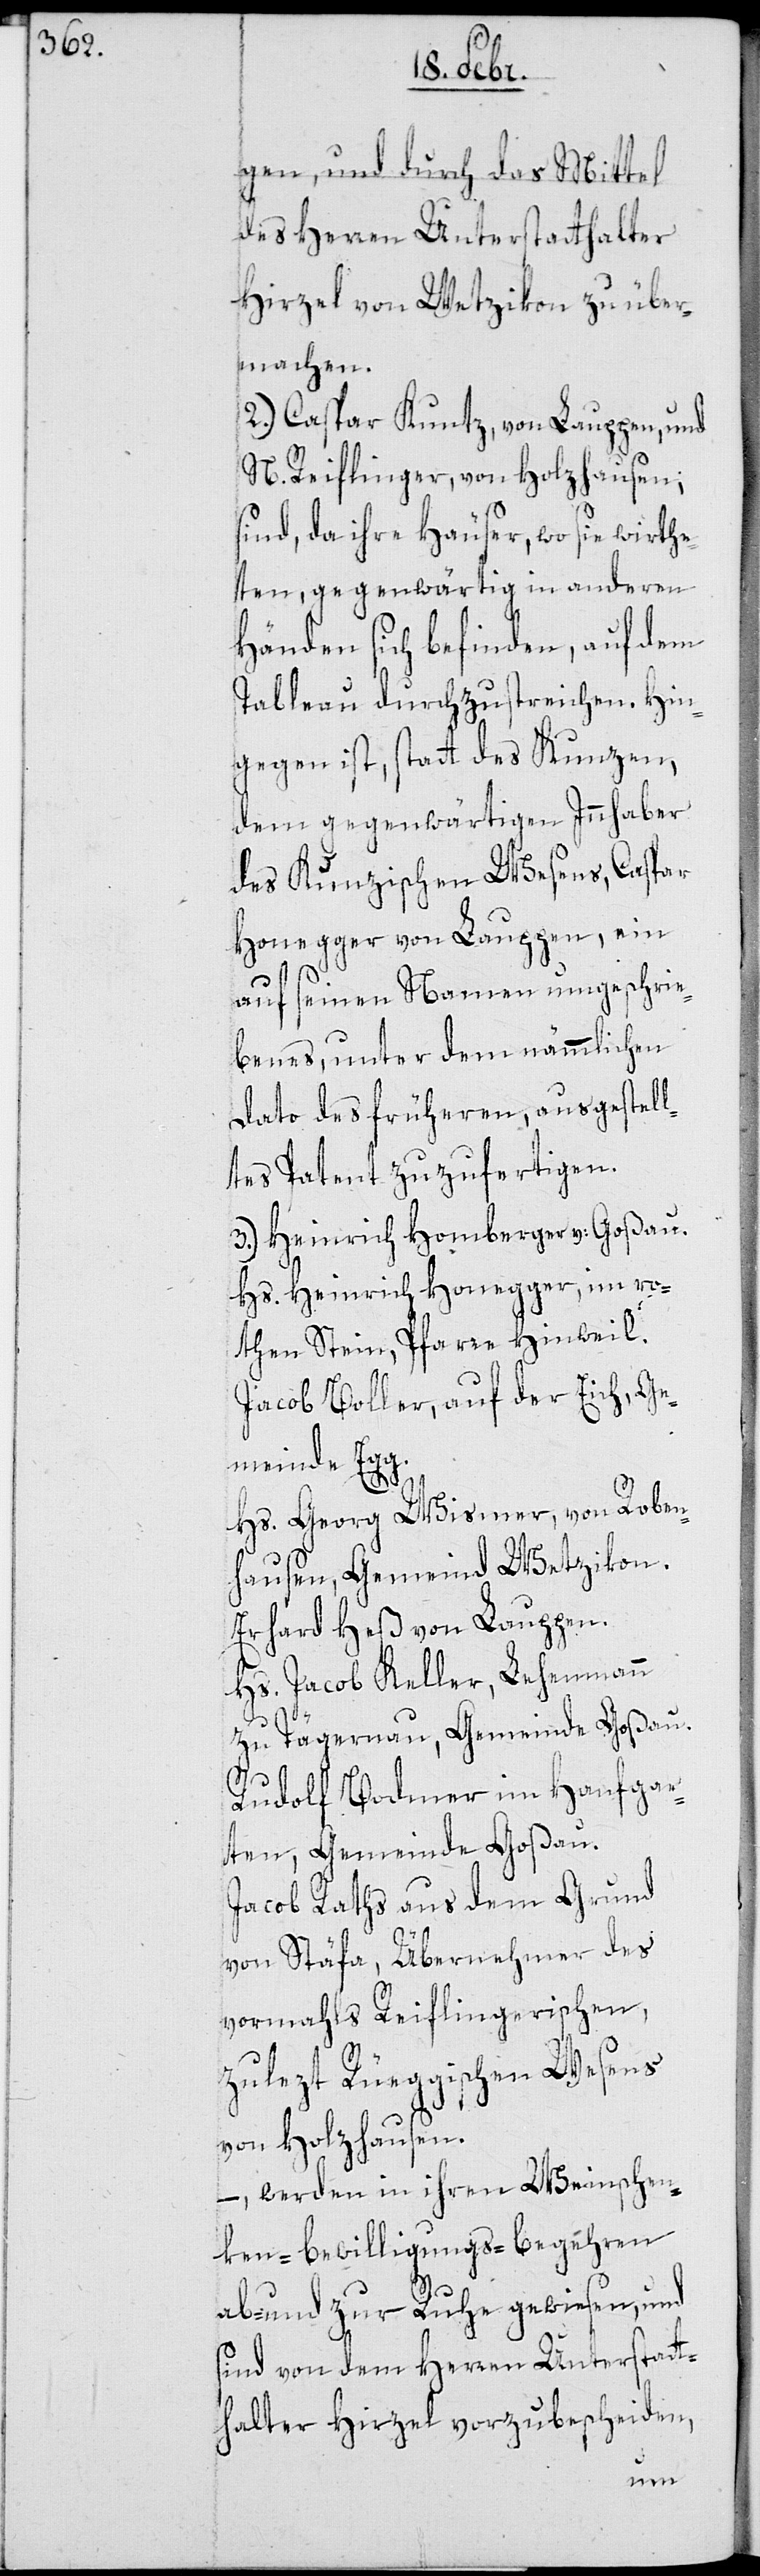
gen, und durch das Mittel
des Herren Unterstatthalter
Hirzel von Wetzikon zu über¬
machen.
2.) Caspar Kuntz, von Lauppen, und
N. Reiflinger, von Holzhausen
sind, da ihre Häuser, wo sie wirth¬
en, gegenwärtig in anderen
Händen sich befinden, auf dem
Tableau durchzustreichen. Hin¬
gegen ist, statt des Kunzen,
dem gegenwärtigen Innhaber
des Kunzischen Wesens, Caspar
Honegger von Lauppen, ein
auf seinen Namen umgeschrie¬
benes, unter dem nämmlichen
Dato des früheren, ausgestell¬
ten Patent zuzufertigen.
3.) Heinrich Homberger von Goßau.
Hs. Heinrich Honegger im ro¬
then Stein, Pfarre Hinweil.
Jacob Boller, auf der Eich, Ge¬
meinde Egg.
Hs. Georg Wismer, von Roben¬
hausen, Gemeind Wetzikon.
Erhard Heß von Lauppen.
Hs. Jacob Keller, Lehenmann
zu Tägernau, Gemeinde Goßau.
Rudolf Bodmer im Hanfgar¬
ten, Gemeinde Goßau.
Jacob Raths, aus dem Grund
von Stäfa, Übernehmer des
vormahls Reiflingerischen,
zulezt Rüeggischen Wesens
von Holzhausen.
– werden in ihren Weinschen¬
ken-BewilligungsbBegehren
ab- und zur Ruhe gewiesen, und
sind von dem Herren Unterstatt¬
halter Hirzel vorzubescheiden,